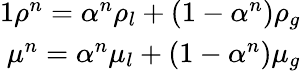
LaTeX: \begin{array}{r}{{1}\rho^{n}=\alpha^{n}\rho_{l}+(1-\alpha^{n})\rho_{g}}\\ {\mu^{n}=\alpha^{n}\mu_{l}+(1-\alpha^{n})\mu_{g}}\end{array}